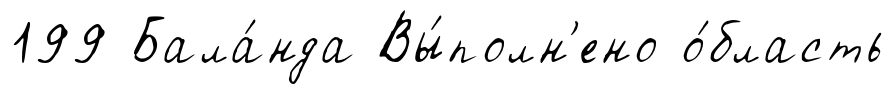
199 Бала́нда Вы́полн'ено о́бласть